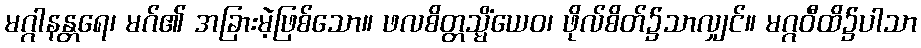
မဂ္ဂါနန္တရေ၊ မဂ်၏ အခြားမဲ့ဖြစ်သော။ ဖလစိတ္တသ္မိံယေဝ၊ ဖိုလ်စိတ်၌သာလျှင်။ မဂ္ဂဝီထိ၌ပါသာ